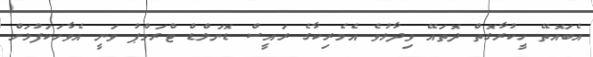
އެބައޮތޭ ހީކުރާގޮތް ދޮތައޭ ވިދާޅުވެ އެމެރިކާގެ ރައީސް ޑޮނަލްޑް ޓްރަމްޕު ވަނީ އެވާހަކަފުޅަށް